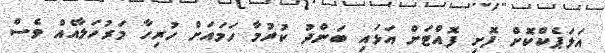
އަލަޕެކްކޮށް ފޮށި ފޮއްޓަށް އަޅައި ބަންދު ކުރުމާ ހަމައަށް ހުރިހާ މަރުހަލާއެއް ވެސް